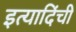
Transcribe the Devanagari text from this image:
इत्यादिंची